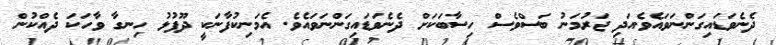
ދެނެވަޑައިގަންނަވައެވެ.އަދި ޖަރުމަނު ބަސްވެސް ހިސާބަކަށް ދެނެވަޑައިގަންނަވައެވެ. އެމަނިކުފާނަކީ ދޫފުޅު ހިނގާ ވާހަކަ ދެއްކުން